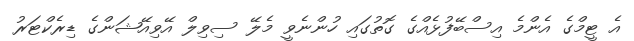
އެ ޓީމްގެ އެންމެ އިސްބޭފުޅެއްގެ ގޮތުގައި ހުންނެވީ މެލޭ ސިވިލް އޭވިއޭޝަންގެ ޑިރެކްޓަރު